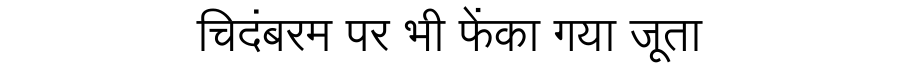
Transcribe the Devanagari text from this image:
चिदंबरम पर भी फेंका गया जूता